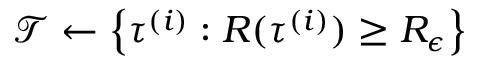
\mathcal { T } \leftarrow \left\{ \tau ^ { ( i ) } : R ( \tau ^ { ( i ) } ) \geq R _ { \epsilon } \right\}